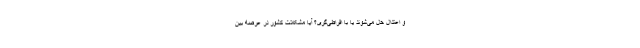
و اعتدال حل می‌شوند یا با افراطی‌گری؟ آیا مشکلات کشور در عرصه بین